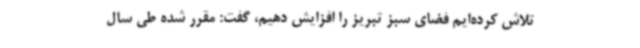
تلاش کرده‌ایم فضای سبز تبریز را افزایش دهیم، گفت: مقرر شده طی سال